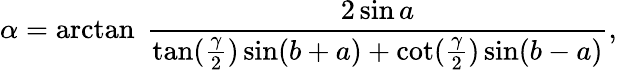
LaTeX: \alpha=\arctan\ {\frac{2\sin a}{\tan({\frac{\gamma}{2}})\sin(b+a)+\cot({\frac{\gamma}{2}})\sin(b-a)}},